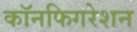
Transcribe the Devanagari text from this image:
कॉनफिगरेशन